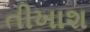
તીખાશ